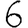
Digit: 6